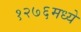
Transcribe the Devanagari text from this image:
१२७६मध्ये